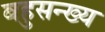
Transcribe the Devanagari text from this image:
बहुसन्ख्य